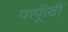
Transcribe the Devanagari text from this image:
फफूँदीं